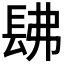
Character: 𨱰